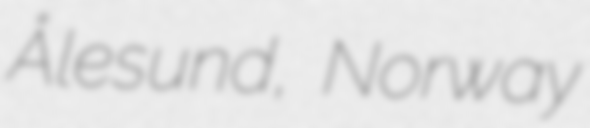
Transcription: Ålesund, Norway